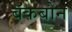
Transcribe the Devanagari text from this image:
बॅकबोन